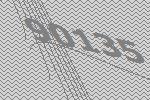
90135